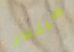
سيكسر